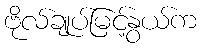
ဗိုလ်ချုပ်မြင့်နွယ်က